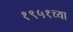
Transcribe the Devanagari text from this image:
१९५१च्या